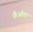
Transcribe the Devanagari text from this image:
फैओला